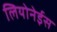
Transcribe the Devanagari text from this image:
लियोनेईस